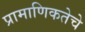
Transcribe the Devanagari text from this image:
प्रामाणिकतेचे